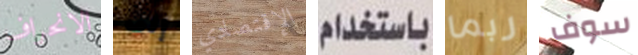
الانحراف إلى الإقتصادي باستخدام ربما سوف